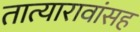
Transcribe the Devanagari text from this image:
तात्यारावांसह